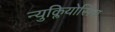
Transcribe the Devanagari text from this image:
न्युक्लियोसिस